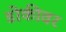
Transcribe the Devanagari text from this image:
डोकीवर